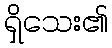
ရှိသေး၏